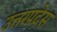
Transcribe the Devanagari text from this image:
उत्तरप्रदेस